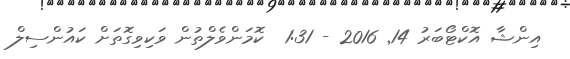
އިންޝާ އޮކްޓޯބަރު 14